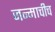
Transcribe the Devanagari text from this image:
जन्माचीच